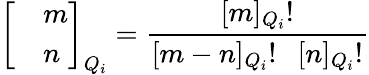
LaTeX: \left[\begin{array}{clcr}{{}}&{{m}}\\ {{}}&{{n}}\end{array}\right]_{Q_{i}}=\frac{\lbrack m\rbrack_{Q_{i}}!}{\lbrack m-n\rbrack_{Q_{i}}!~~~\lbrack n\rbrack_{Q_{i}}!}